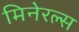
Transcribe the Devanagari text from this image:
मिनेरल्स